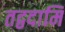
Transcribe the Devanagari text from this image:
तद्वदामि